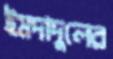
ইমদাদুলের